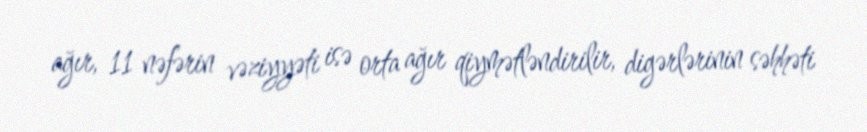
ağır, 11 nəfərin vəziyyəti isə orta ağır qiymətləndirilir, digərlərinin səhhəti